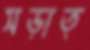
সড়াত্